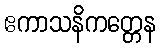
ဧကာသနိကတ္တေန